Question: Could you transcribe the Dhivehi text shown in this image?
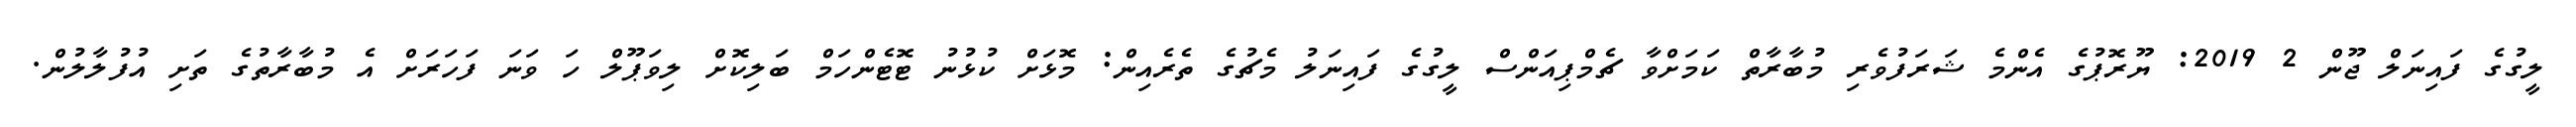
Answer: ލީގުގެ ފައިނަލް ޖޫން 2 2019: ޔޫރޮޕުގެ އެންމެ ޝަރަފުވެރި މުބާރާތް ކަމަށްވާ ޗެމްޕިއަންސް ލީގުގެ ފައިނަލު މެޗުގެ ތެރެއިން: މޮޅަށް ކުޅުނު ޓޮޓެންހަމް ބަލިކޮށް ލިވަޕޫލް ހަ ވަނަ ފަހަރަށް އެ މުބާރާތުގެ ތަށި އުފުލާލުން.